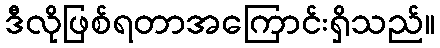
ဒီလိုဖြစ်ရတာအကြောင်းရှိသည်။